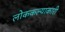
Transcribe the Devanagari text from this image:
लोककल्याकारी